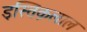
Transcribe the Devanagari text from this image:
इस्तिक़लाल